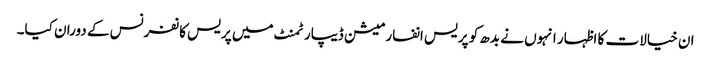
ان خیالات کا اظہار انہوں نے بدھ کو پریس انفارمیشن ڈیپارٹمنٹ میں پریس کانفرنس کے دوران کیا۔